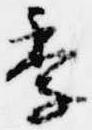
季